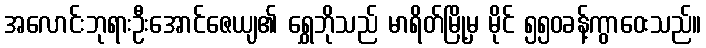
အလောင်းဘုရားဦးအောင်ဇေယျ၏ ရွှေဘိုသည် မာရိတ်မြို့မှ မိုင် ၅၅၀ခန့်ကွာဝေးသည်။